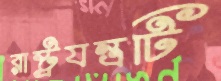
রাষ্ট্রযন্ত্রটি